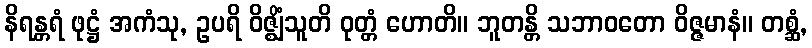
နိရန္တရံ ဖုဋ္ဌံ အကံသု, ဥပရိ ဝိဇ္ဈိံသူတိ ဝုတ္တံ ဟောတိ။ ဘူတန္တိ သဘာဝတော ဝိဇ္ဇမာနံ။ တစ္ဆံ,